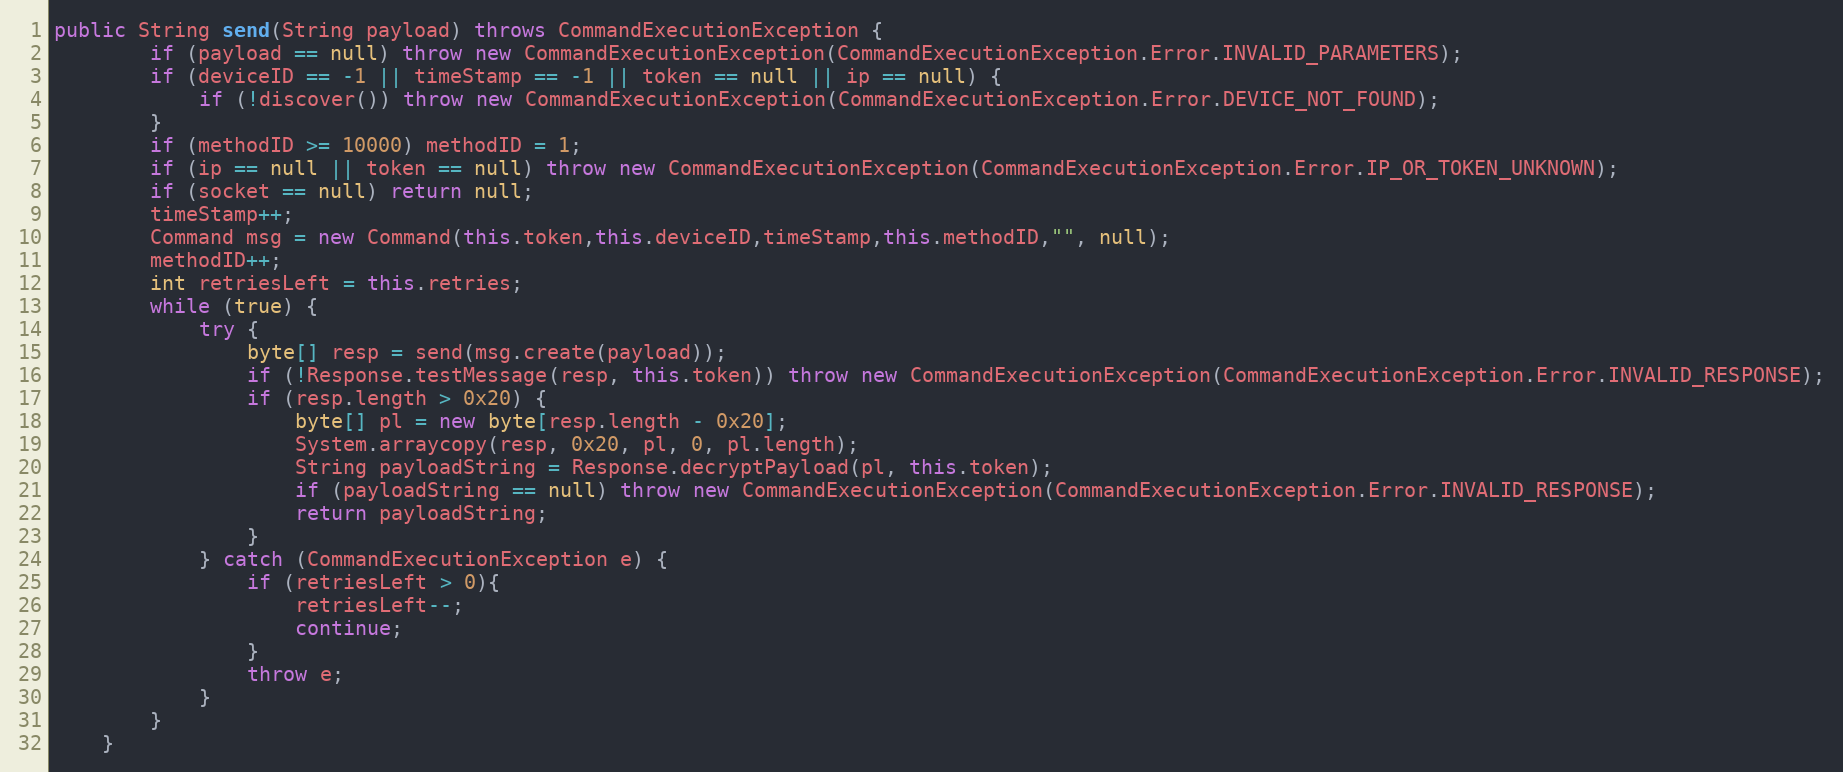
Language: Java
public String send(String payload) throws CommandExecutionException {
        if (payload == null) throw new CommandExecutionException(CommandExecutionException.Error.INVALID_PARAMETERS);
        if (deviceID == -1 || timeStamp == -1 || token == null || ip == null) {
            if (!discover()) throw new CommandExecutionException(CommandExecutionException.Error.DEVICE_NOT_FOUND);
        }
        if (methodID >= 10000) methodID = 1;
        if (ip == null || token == null) throw new CommandExecutionException(CommandExecutionException.Error.IP_OR_TOKEN_UNKNOWN);
        if (socket == null) return null;
        timeStamp++;
        Command msg = new Command(this.token,this.deviceID,timeStamp,this.methodID,"", null);
        methodID++;
        int retriesLeft = this.retries;
        while (true) {
            try {
                byte[] resp = send(msg.create(payload));
                if (!Response.testMessage(resp, this.token)) throw new CommandExecutionException(CommandExecutionException.Error.INVALID_RESPONSE);
                if (resp.length > 0x20) {
                    byte[] pl = new byte[resp.length - 0x20];
                    System.arraycopy(resp, 0x20, pl, 0, pl.length);
                    String payloadString = Response.decryptPayload(pl, this.token);
                    if (payloadString == null) throw new CommandExecutionException(CommandExecutionException.Error.INVALID_RESPONSE);
                    return payloadString;
                }
            } catch (CommandExecutionException e) {
                if (retriesLeft > 0){
                    retriesLeft--;
                    continue;
                }
                throw e;
            }
        }
    }